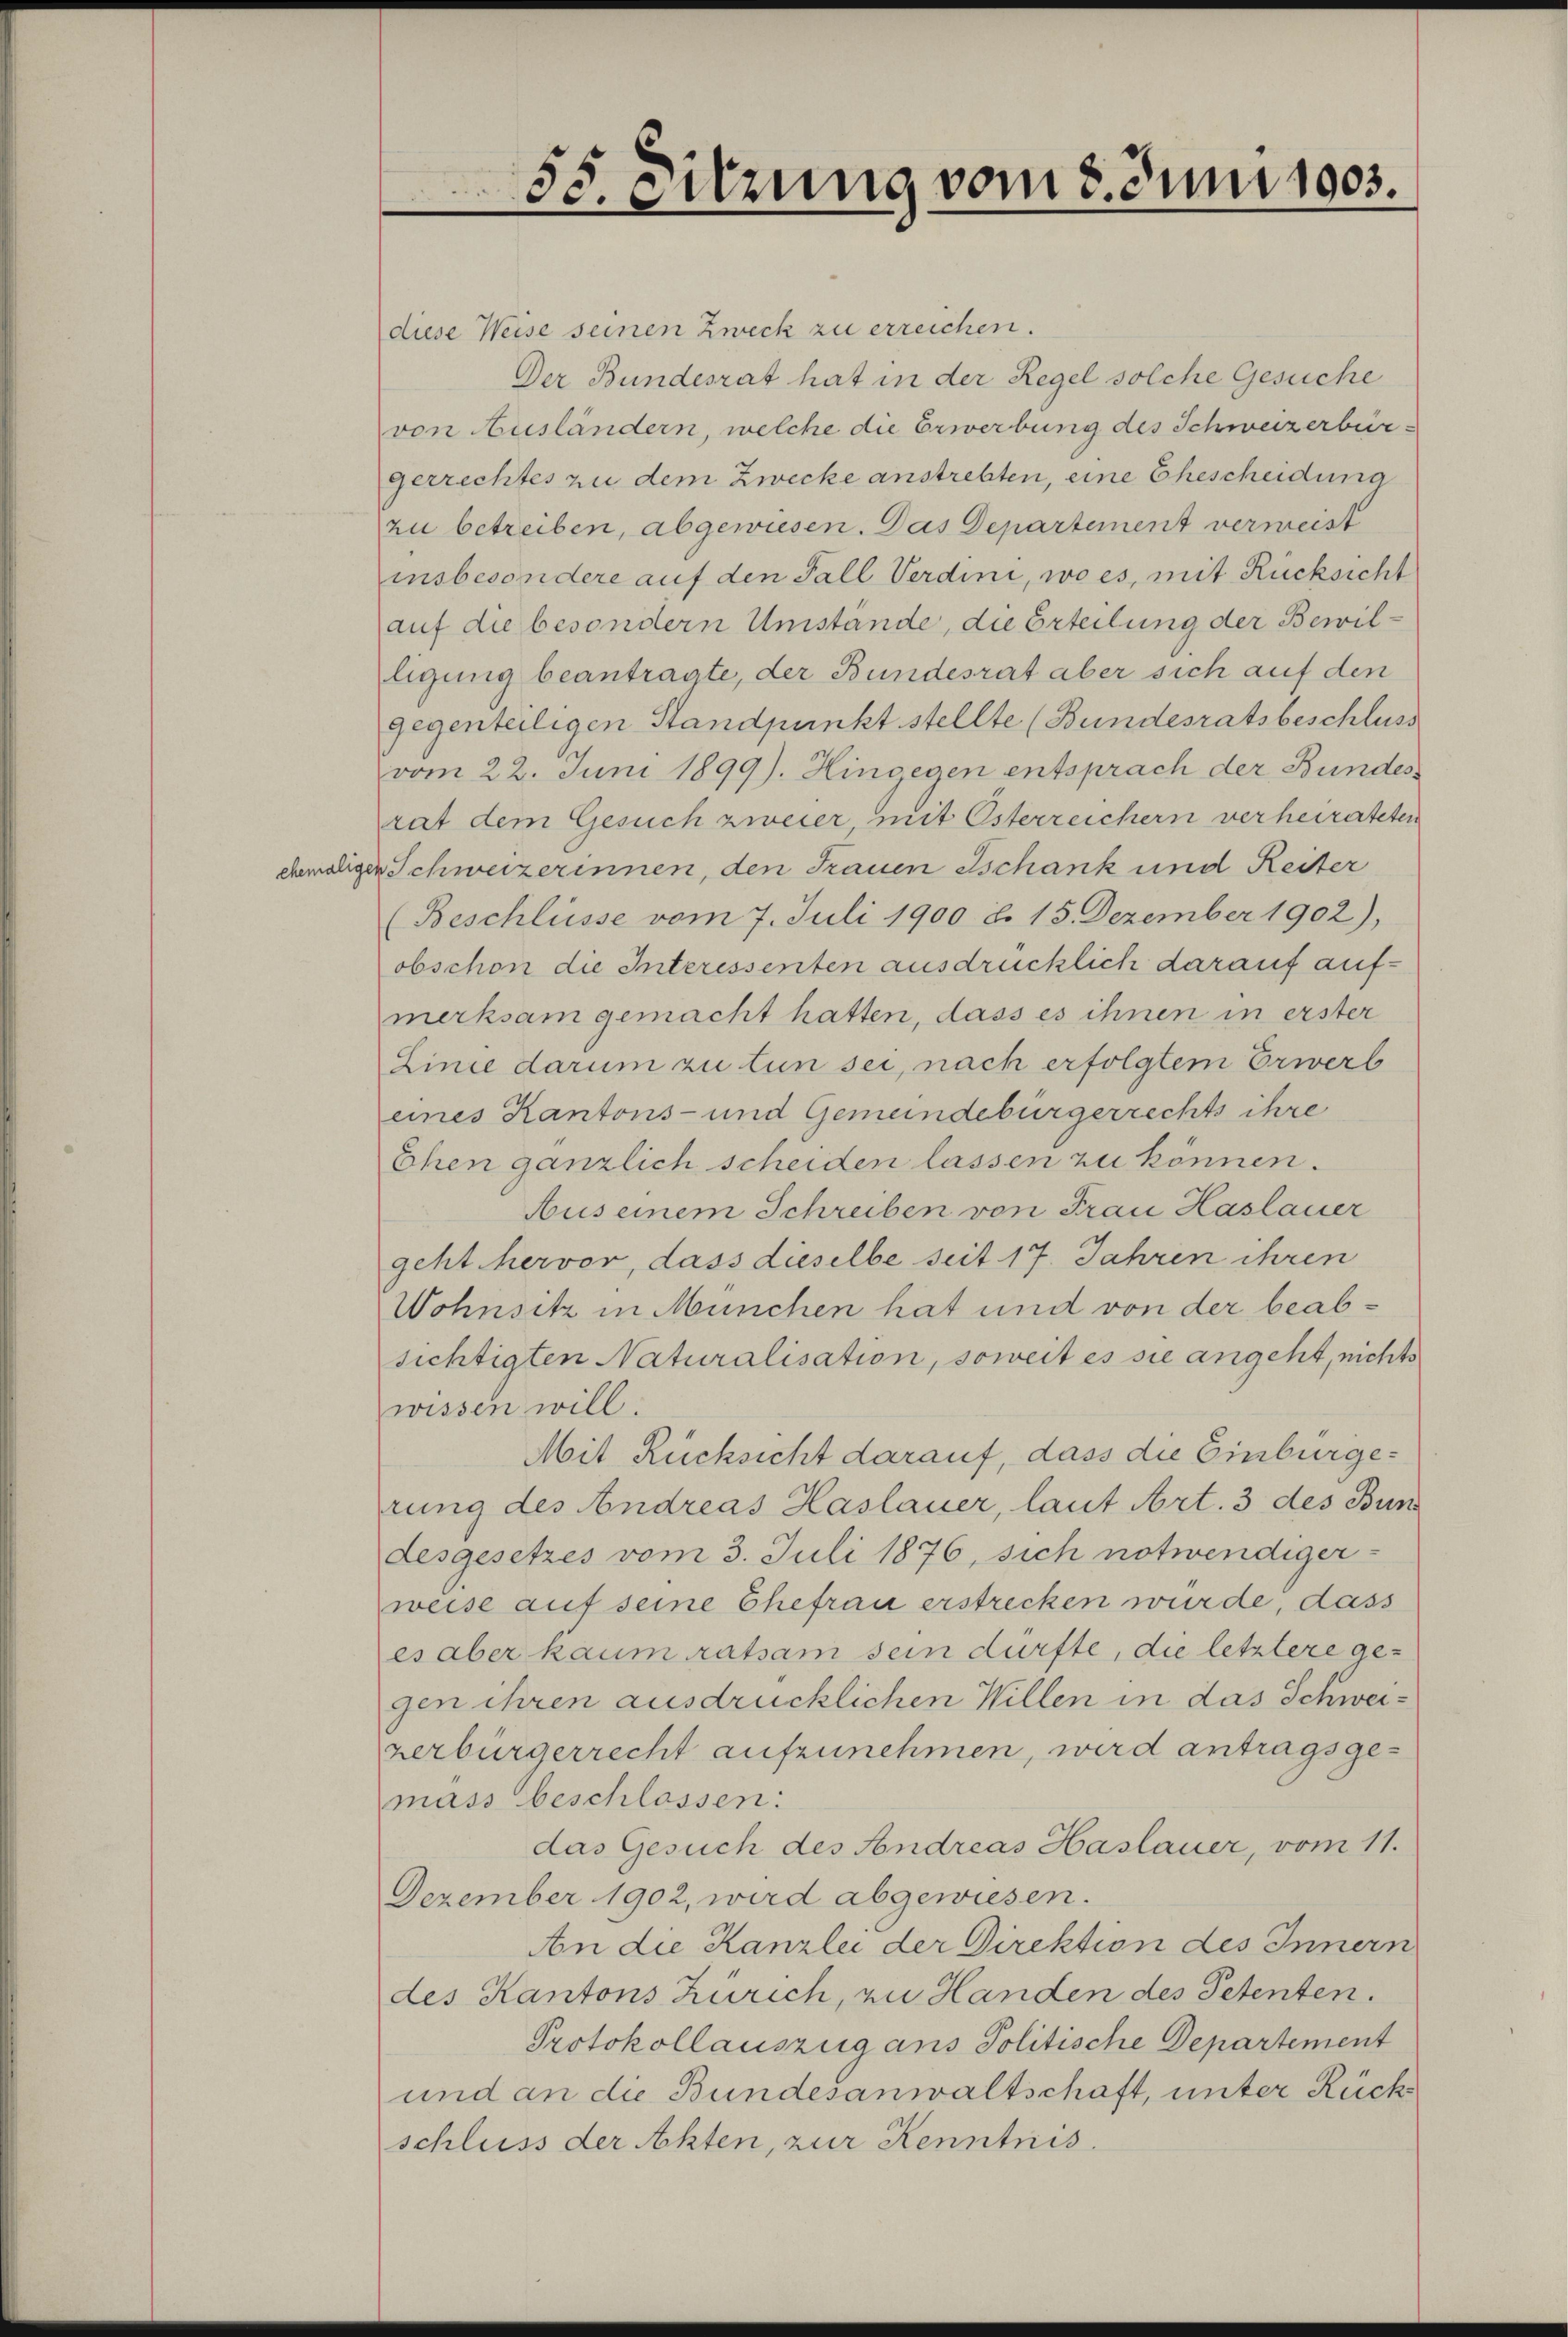
55. eitzung vom 8. Juni 1905.

diese Weise seinen Zweck zu erreichen.
Der Bundesrat hat in der Regel solche Gesuche
von Ausländern, welche die Erwerbung des Schweizerbürgerrechtes zu dem Zwecke anstrebten, eine Ehescheidung
zu betreiben, abgewiesen. Das Departement vermeist
insbesondere auf den Fall Verdini, wo es, mit Rücksicht
auf die besondern Umstände, die Erteilung der Bewilligung beantragte, der Bundesrat aber sich auf den
gegenteiligen Standpunkt stellte (Bundesratsbeschluss
vom 22. Juni 1899). Hingegen entsprach der Bundesrat dem Gesuch zweier mit Osterreichern verheirateten
ehemaligen Schweizerinnen, den Frauen Tschank und Reiter
(Beschlüsse vom 7. Juli 1900 d. 15. Dezember 1902),
obschon die Interessenten ausdrücklich darauf aufmerksam gemacht hatten, dass es ihnen in erster
Linie darum zu tun sei, nach erfolgtem Erwerb
eines Kantons- und Gemeindebürgerrechts ihre
Ehen gänzlich scheiden lassen zu können.
Auseinem Schreiben von Frau Haslauer
geht hervor, dass dieselbe seit 17. Jahren ihren
Wohnsitz in München hat und von der beabsichtigten Naturalisation, soweit es sie angeht, nichts
wissen will.
Mit Rücksicht darauf, dass die Einburgerung des Andreas Haslauer, laut Art. 3 des Bun
desgesetzes vom 3. Juli 1876, sich notwendiger
weise auf seine Ehefrau erstrecken wurde, dass
es aber kaum ratsam sein dürfte, die letztere gegen ihren ausdrücklichen Willen in das Schweizerbürgerrecht aufzunehmen, wird antragsgemass beschlossen:
das Gesuch des Sondreas Haslauer, vom 11.
Dezember 1902, wird abgewiesen.
An die Kanzlei der Direktion des Innern
des Kantons Zürich, zu Handen des Petenten.
Protokollauszug ans Politische Departement
und an die Bundesanwaltschaft, unter Rück
schluss der Akten, zur Kenntnis.